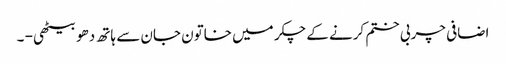
اضافی چربی ختم کرنے کے چکر میں خاتون جان سے ہاتھ دھو بیٹھی - ۔